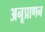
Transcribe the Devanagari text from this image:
अनूप्राणन